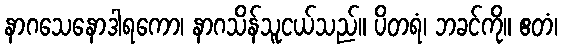
နာဂသေနောဒါရကော၊ နာဂသိန်သူငယ်သည်။ ပိတရံ၊ ဘခင်ကို။ ဧတံ၊